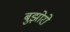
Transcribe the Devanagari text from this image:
बुझोरो